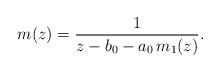
LaTeX: \begin{align*}m(z)=\frac{1}{z-b_{0}-a_{0}\,m_{1}(z)}.\end{align*}